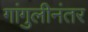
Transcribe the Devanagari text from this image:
गांगुलीनंतर